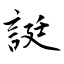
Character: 誔